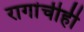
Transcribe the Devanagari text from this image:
रागांचीही